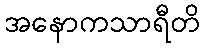
အနောကသာရီတိ